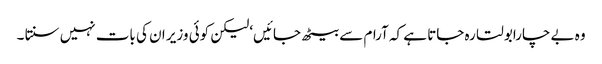
وہ بے چارابولتا رہ جاتا ہے کہ آرام سے بیٹھ جائیں‘ لیکن کوئی وزیر ان کی بات نہیں سنتا ۔